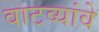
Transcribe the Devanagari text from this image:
वाटव्यांवे